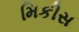
મિકીસ